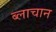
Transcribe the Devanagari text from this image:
ब्लाचान